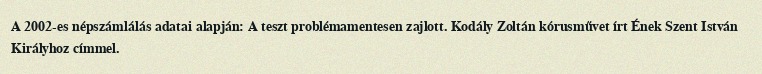
A 2002-es népszámlálás adatai alapján: A teszt problémamentesen zajlott. Kodály Zoltán kórusművet írt Ének Szent István Királyhoz címmel.